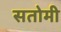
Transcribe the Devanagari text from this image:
सतोमी